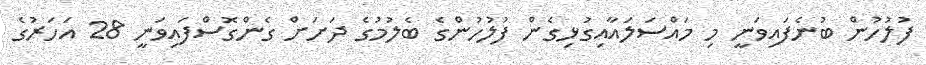
ފުލުހުން ބުނެފައިވަނީ މި މައްސަލައާއިގުޅިގެން ފުލުހުންގެ ބެލުމުގެ ދަށަށް ގެންގޮސްފައިވަނީ 28 އަހަރުގެ